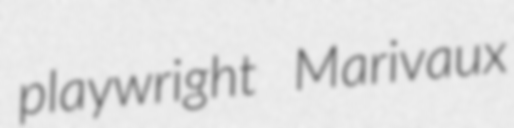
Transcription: playwright Marivaux